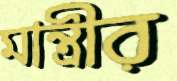
মান্ত্রীর